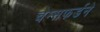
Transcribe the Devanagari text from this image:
चेम्सफर्डने